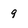
Character: 9